Lunatic asylums Central Provinces reports 1895-1909 - 1895-1909
Year: 1895
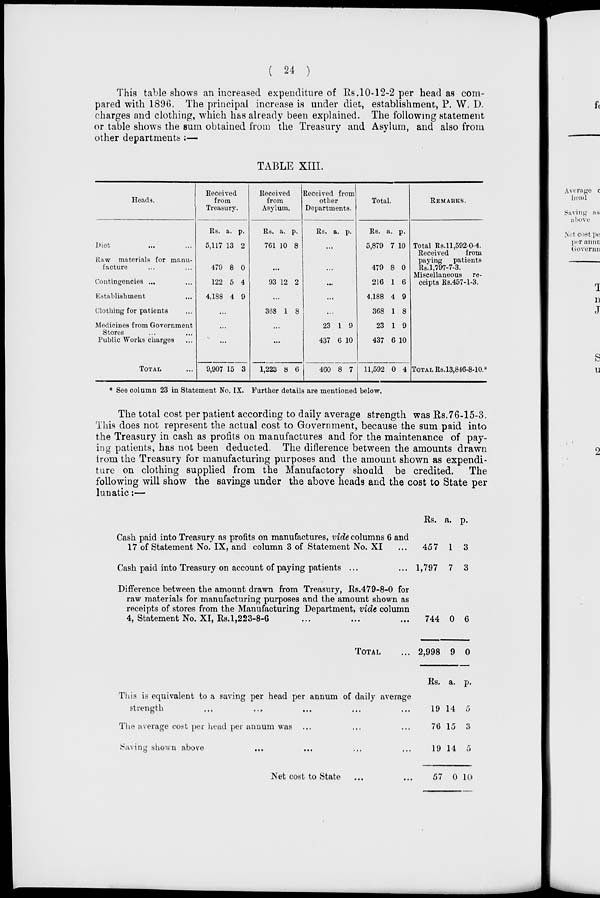
( 24 )
This table shows an increased expenditure of Rs.10-12-2 per head as com-
pared with 1896. The principal increase is under diet, establishment, P. W. D.
charges and clothing, which has already been explained. The following statement
or table shows the sum obtained from the Treasury and Asylum, and also from
other departments :—
TABLE XIII.
Heads.
Diet ... ...
Raw materials for manu-
facture ... ...
Contingencies ... ...
Establishment ...
Clothing for patients ...
Medicines from Government
Stores ... ...
Public Works charges ...
TOTAL ...
Received
from
Treasury.
Rs.
5,117
479
122
4,188
a.
13
8
5
4
p.
2
0
4
9
...
...
...
9,907 15 3
Received
from
Asylum.
Rs.
761
a.
10
p.
8
...
93 12 2
...
368 1 8
...
...
1,223 8 6
Received from
other
Departments.
Rs. a. p.
...
...
...
...
...
23
437
460
1
6
8
9
10
7
Total.
Rs.
5,879
479
216
4,188
368
23
437
11,592
a.
7
8
1
4
1
1
6
0
p.
10
0
6
9
8
9
10
4
REMARKS.
Total Rs.11,592-0-4.
Received
from
paying
patients
Rs.1,797-7-3.
Miscellaneous re-
ceipts Rs.457-1-3.
TOTAL Rs.13,846-8-10.*
* See column 23 in Statement No. IX. Further details are mentioned below.
The total cost per patient according to daily average strength was Rs.76-15-3.
This does not represent the actual cost to Government, because the sum paid into
the Treasury in cash as profits on manufactures and for the maintenance of pay-
ing patients, has not been deducted. The difference between the amounts drawn
from the Treasury for manufacturing purposes and the amount shown as expendi-
ture on clothing supplied from the Manufactory should be credited. The
following will show the savings under the above heads and the cost to State per
lunatic:—
Cash paid into Treasury as profits on manufactures, vide columns 6 and
17 of Statement No. IX, and column 3 of Statement No. XI
Cash paid into Treasury on account of paying patients ...
Difference between the amount drawn from Treasury, Rs.479-8-0 for
raw materials for manufacturing purposes and the amount shown as
receipts of stores from the Manufacturing Department, vide column
4, Statement No. XI, Rs. 1,223-8-6
TOTAL ...
This is equivalent to a saving per head per annum of daily average
strength ... ... ... ... ...
The average cost per head per annum was ... ... ...
Saving shown above ... ... ...
Net cost to State ... ...
Rs.
457
1,797
744
2,998
Rs.
19
76
19
57
a.
1
7
0
9
a.
14
15
14
0
p.
3
3
6
0
p.
5
3
5
10